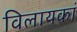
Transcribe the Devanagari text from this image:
विलायकां